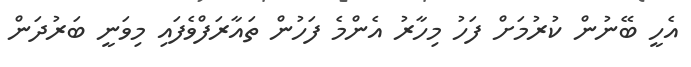
އެހީ ބޭނުން ކުރުމަށް ފަހު މިހާރު އެންމެ ފަހުން ތައާރަފްވެފައި މިވަނީ ބަރުދަން